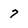
Character: 7